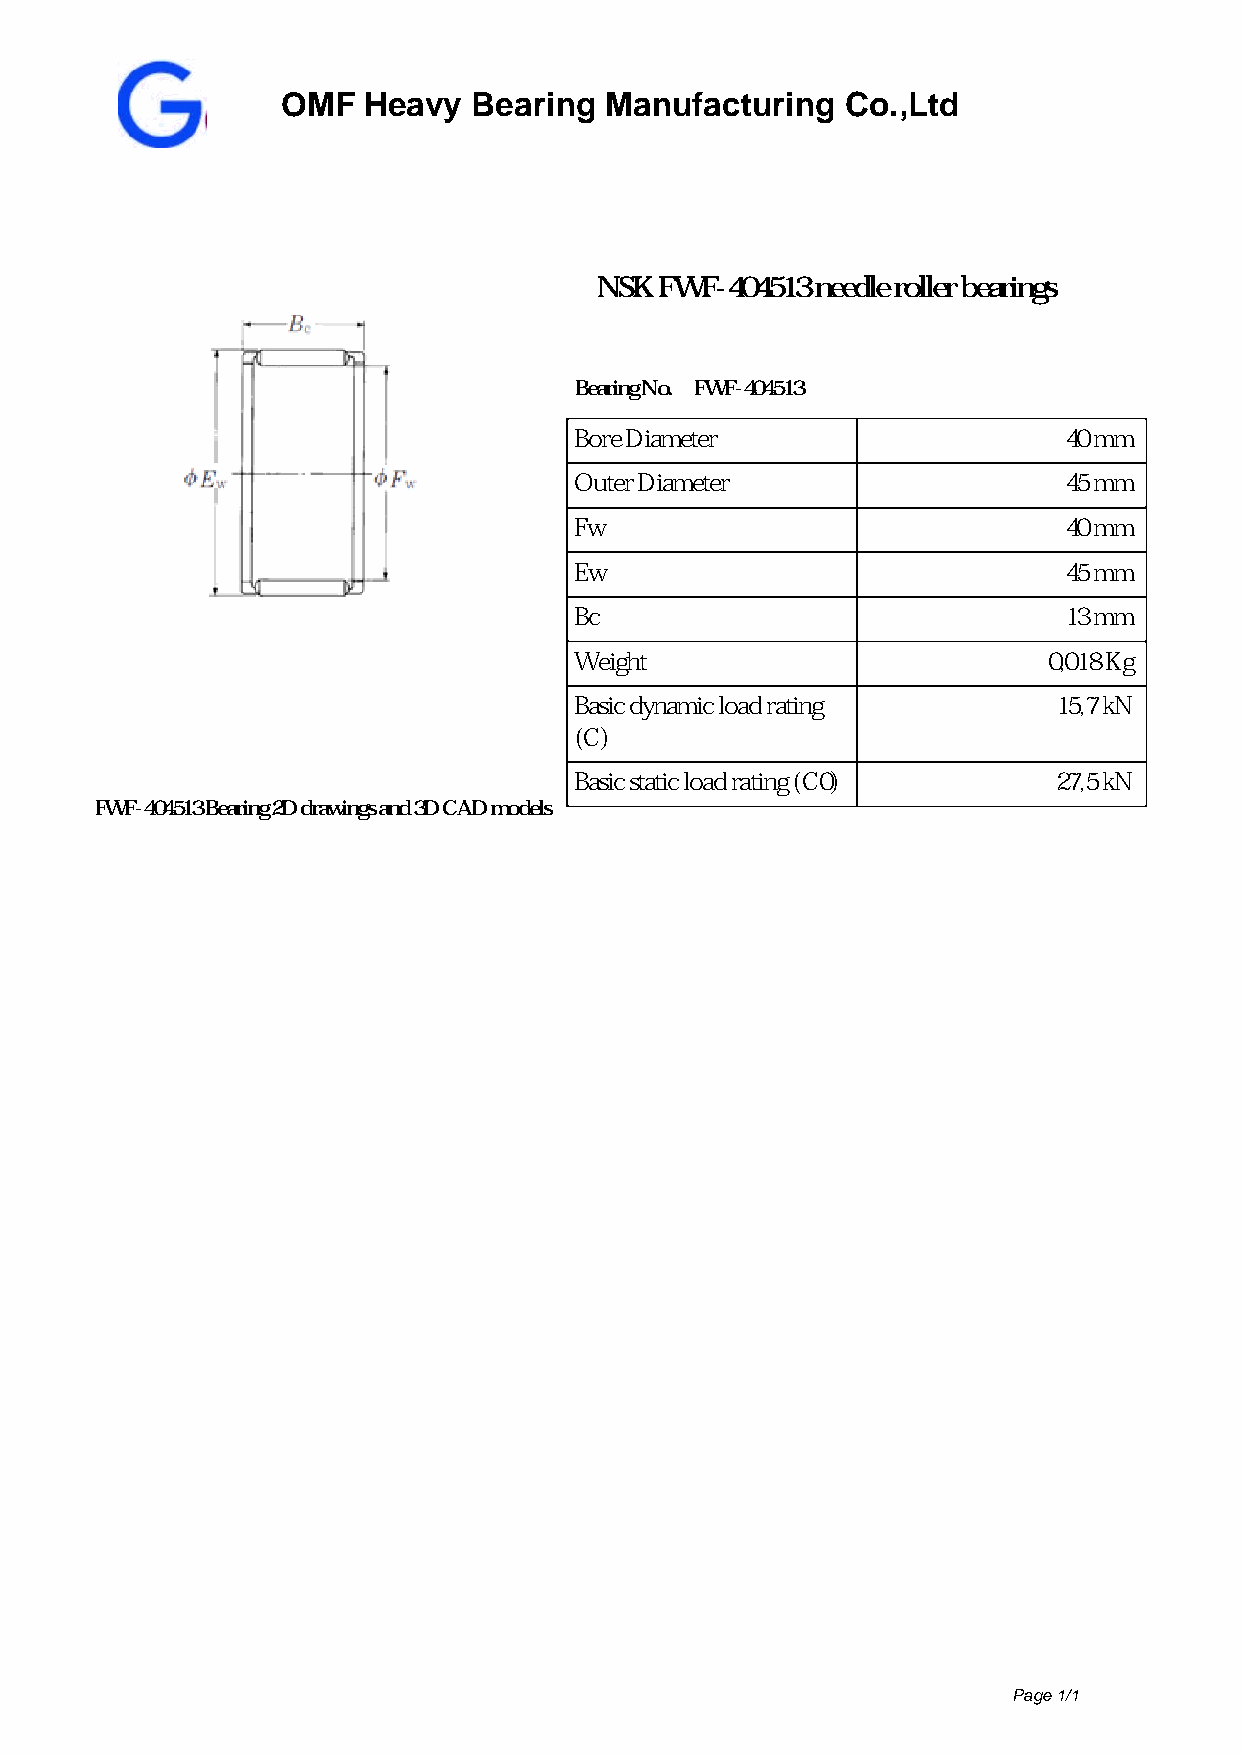
OMF  Heavy  Bearing  Manufacturing   Co.,Ltd
 NSK  FWF-404513 needle roller bearings
 Bearing No. FWF-404513
 Bore Diameter                   40 mm
 Outer Diameter                  45 mm
 Fw                              40 mm
 Ew                              45 mm
 Bc                              13 mm
 Weight                         0,018 Kg
 Basic dynamic load rating       15,7 kN
 (C)
 Basic static load rating (C0)   27,5 kN
 FWF-404513 Bearing 2D drawings and 3D CAD models
 Page 1/1
 Powered by TCPDF (www.tcpdf.org)